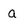
Character: a